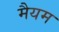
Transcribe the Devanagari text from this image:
मैयम